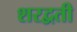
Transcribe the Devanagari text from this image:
शरद्वती